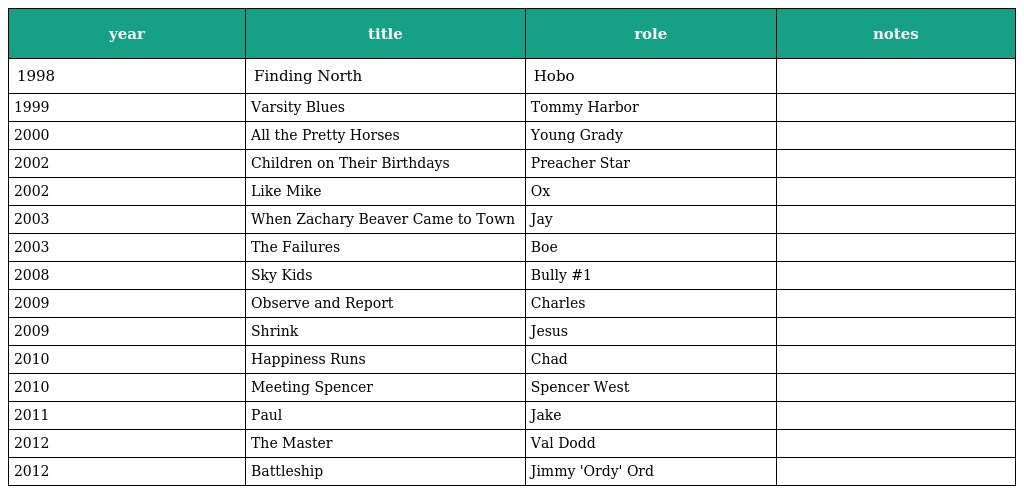
| year | title | role | notes |
 | --- | --- | --- | --- |
 | 1998 | Finding North | Hobo |  |
 | 1999 | Varsity Blues | Tommy Harbor |  |
 | 2000 | All the Pretty Horses | Young Grady |  |
 | 2002 | Children on Their Birthdays | Preacher Star |  |
 | 2002 | Like Mike | Ox |  |
 | 2003 | When Zachary Beaver Came to Town | Jay |  |
 | 2003 | The Failures | Boe |  |
 | 2008 | Sky Kids | Bully #1 |  |
 | 2009 | Observe and Report | Charles |  |
 | 2009 | Shrink | Jesus |  |
 | 2010 | Happiness Runs | Chad |  |
 | 2010 | Meeting Spencer | Spencer West |  |
 | 2011 | Paul | Jake |  |
 | 2012 | The Master | Val Dodd |  |
 | 2012 | Battleship | Jimmy 'Ordy' Ord |  |